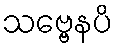
သဗ္ဗေနပိ